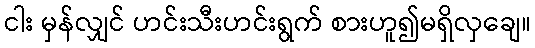
ငါး မှန်လျှင် ဟင်းသီးဟင်းရွက် စားဟူ၍မရှိလှချေ။